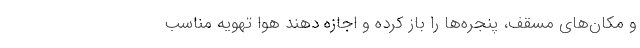
و مکان‌های مسقف، پنجره‌ها را باز کرده و اجازه دهند هوا تهویه مناسب